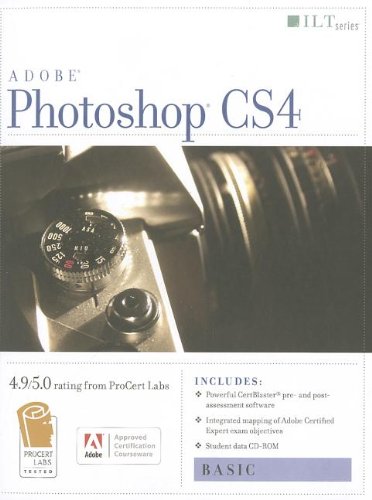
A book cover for Photoshop Cs4: Basic, Ace Edition + Certblaster + Data (ILT); Computers & Technology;